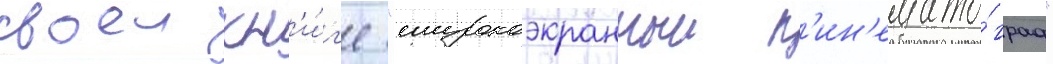
своеи кн'и́г'е "широкоэкранныи к'ин'емато́граф"